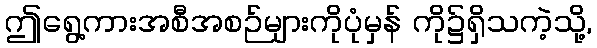
ဤရွေ့ကားအစီအစဉ်များကိုပုံမှန် ကို၌ရှိသကဲ့သို့,